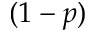
( 1 - p )